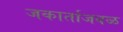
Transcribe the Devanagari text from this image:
जकार्ताजवळ